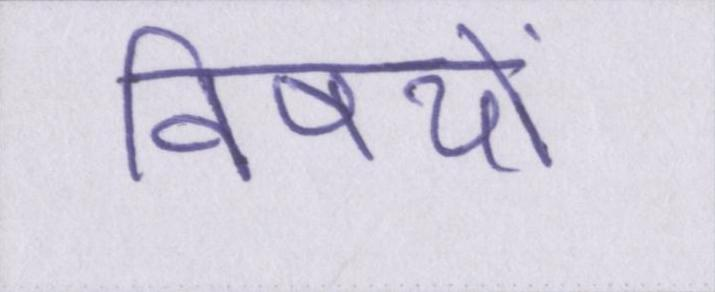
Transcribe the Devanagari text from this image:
विषयों